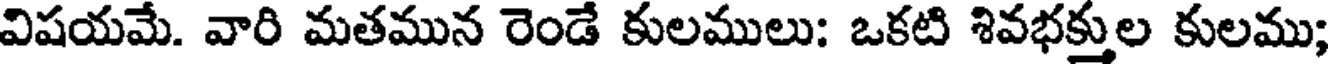
విషయమే. వారి మతమున రెండే కులములు: ఒకటి శివభక్తుల కులము;